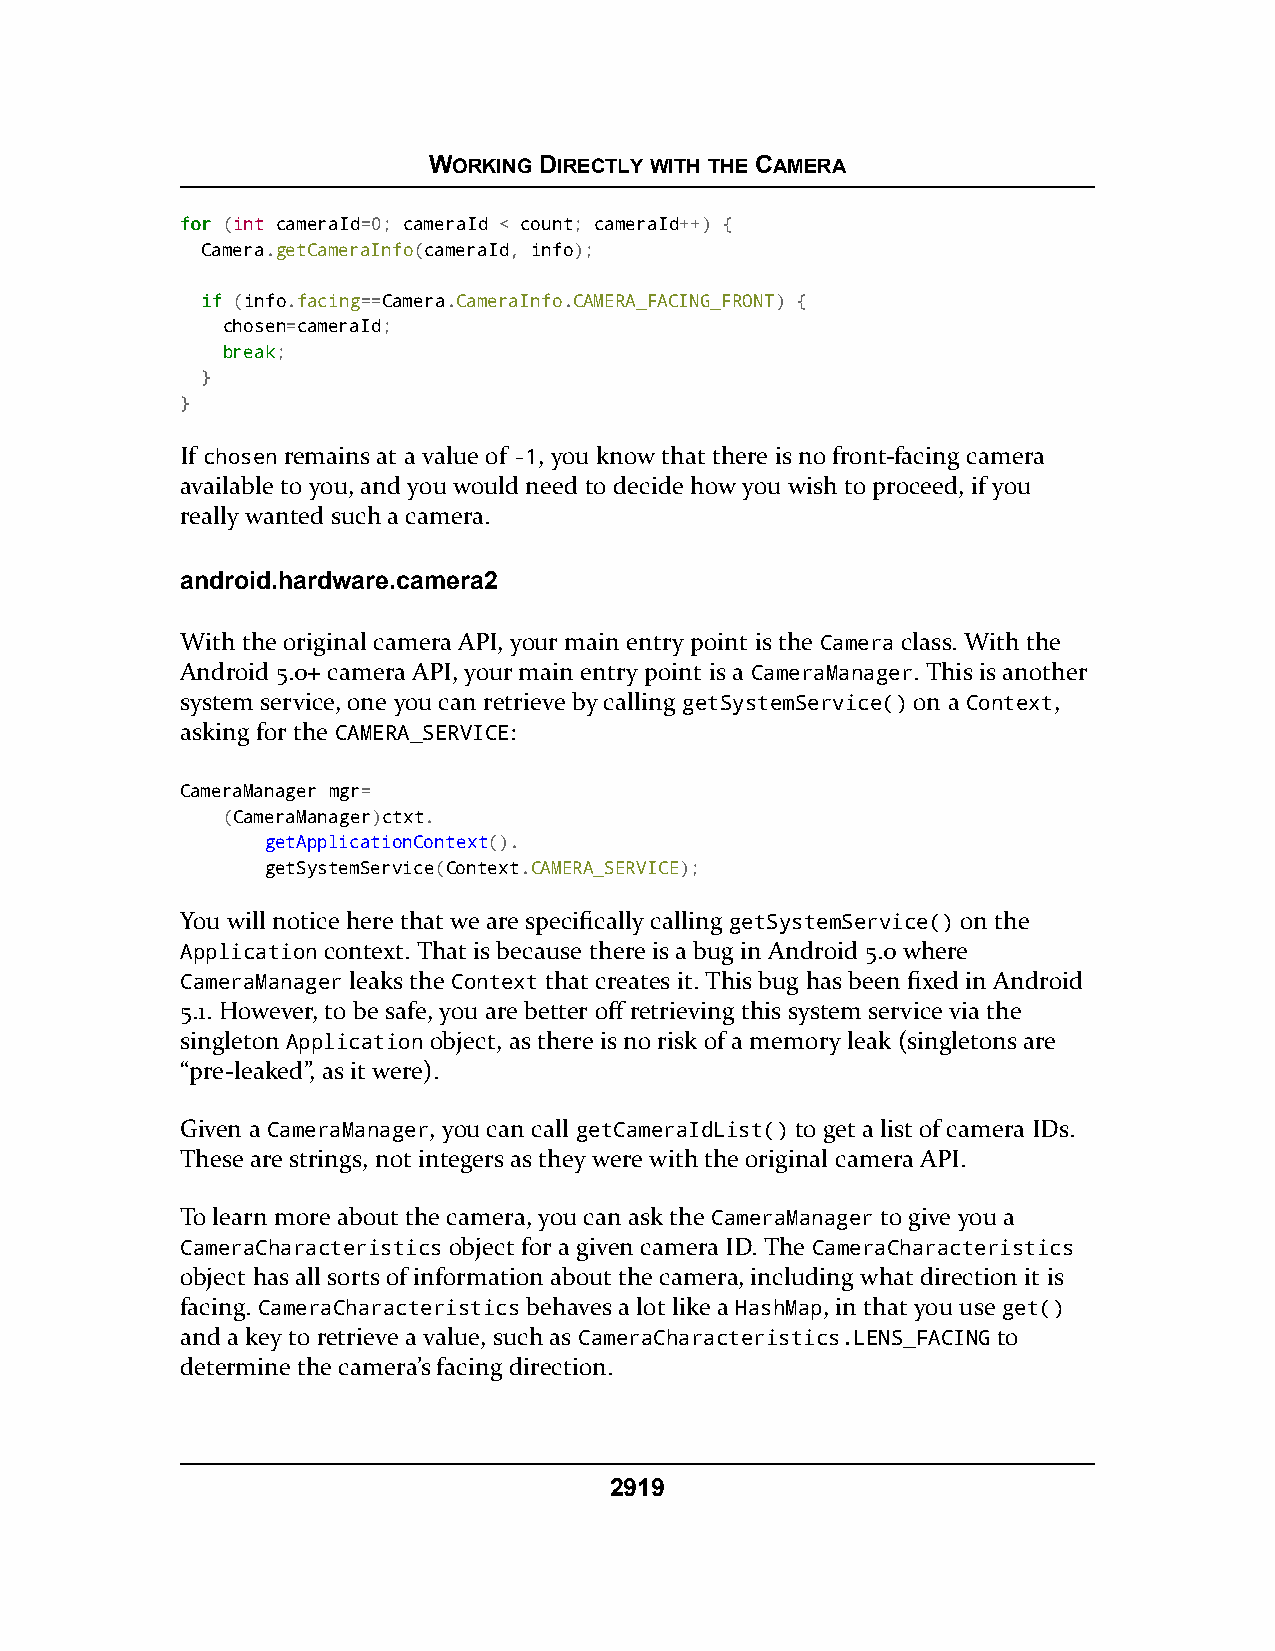
WORKING DIRECTLY WITH THE CAMERA
 ffoorr (int cameraId=0; cameraId < count; cameraId++) {
 Camera.getCameraInfo(cameraId, info);
 iiff (info.facing==Camera.CameraInfo.CAMERA_FACING_FRONT) {
 chosen=cameraId;
 bbrreeaakk;
 }
 }
 If chosen remains at a value of -1, you know that there is no front-facing camera
 available to you, and you would need to decide how you wish to proceed, if you
 really wanted such a camera.
 android.hardware.camera2
 With the original camera API, your main entry point is the Camera class. With the
 Android 5.0+ camera API, your main entry point is a CameraManager. This is another
 system service, one you can retrieve by calling getSystemService() on a Context,
 asking for the CAMERA_SERVICE:
 CameraManager mgr=
 (CameraManager)ctxt.
 getApplicationContext().
 getSystemService(Context.CAMERA_SERVICE);
 You will notice here that we are specifically calling getSystemService() on the
 Application context. That is because there is a bug in Android 5.0 where
 CameraManager leaks the Context that creates it. This bug has been fixed in Android
 5.1. However, to be safe, you are better off retrieving this system service via the
 singleton Application object, as there is no risk of a memory leak (singletons are
 “pre-leaked”, as it were).
 Given a CameraManager, you can call getCameraIdList() to get a list of camera IDs.
 These are strings, not integers as they were with the original camera API.
 To learn more about the camera, you can ask the CameraManager to give you a
 CameraCharacteristics object for a given camera ID. The CameraCharacteristics
 object has all sorts of information about the camera, including what direction it is
 facing. CameraCharacteristics behaves a lot like a HashMap, in that you use get()
 and a key to retrieve a value, such as CameraCharacteristics.LENS_FACING to
 determine the camera’s facing direction.
 2919